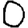
Digit: 0